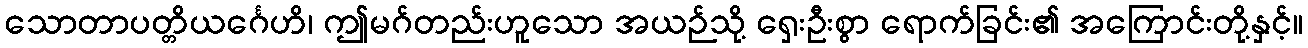
သောတာပတ္တိယင်္ဂေဟိ၊ ဤမဂ်တည်းဟူသော အယဉ်သို့ ရှေးဦးစွာ ရောက်ခြင်း၏ အကြောင်းတို့နှင့်။